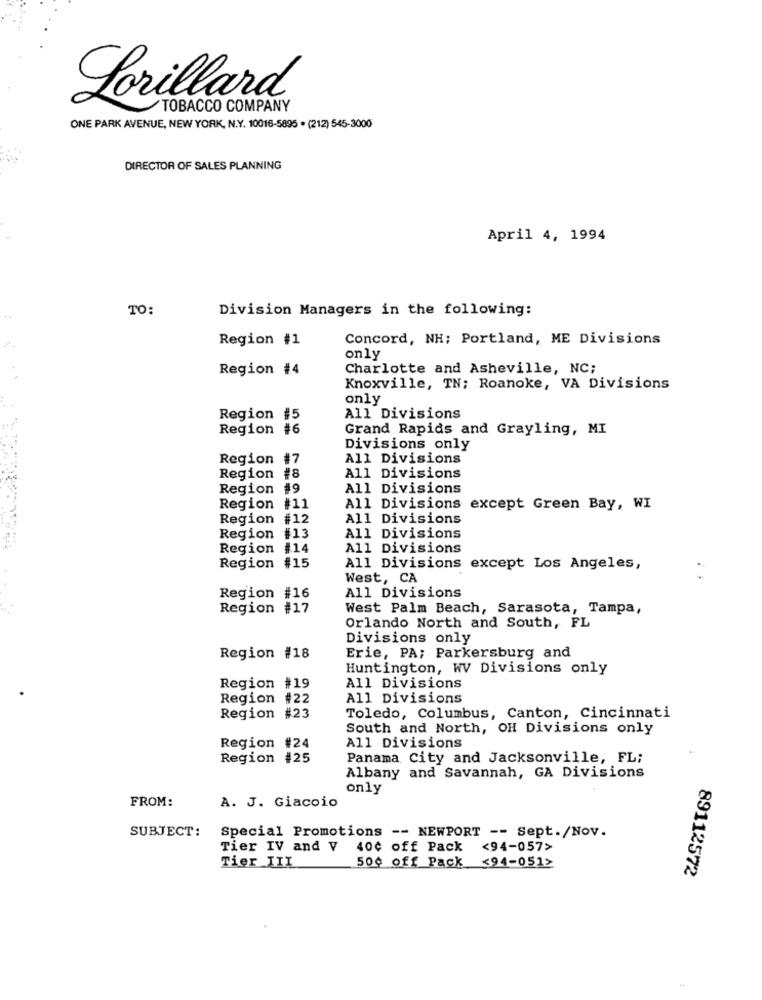
Lorillard
TOBACCO COMPANY
ONE PARK AVENUE, NEW YORK, N.Y. 10016-5895 . (212) 545-3000
DIRECTOR OF SALES PLANNING
April 4, 1994
TO:
Division Managers in the following:
Region #1
Concord, NH; Portland, ME Divisions
only
Region #4
Charlotte and Asheville, NC;
Knoxville, TN; Roanoke, VA Divisions
only
Region #5
All Divisions
Region #6
Grand Rapids and Grayling, MI
Divisions only
Region #7
All Divisions
Region #8
All Divisions
Region
#9
All Divisions
Region #11
All Divisions except Green Bay, WI
Region #12
All Divisions
Region #13
All Divisions
Region #14
All Divisions
Region
#15
All Divisions except Los Angeles,
West, CA
Region #16
All Divisions
Region #17
West Palm Beach, Sarasota, Tampa,
Orlando North and South, FL
Divisions only
Region #18
Erie, PA; Parkersburg and
Huntington, WV Divisions only
Region #19
All Divisions
Region
#22
All Divisions
Region #23
Toledo, Columbus, Canton, Cincinnati
South and North, OH Divisions only
Region #24
All Divisions
Region #25
Panama City and Jacksonville, FL;
Albany and Savannah, GA Divisions
only
FROM:
A. J. Giacoio
SUBJECT:
Special Promotions -- NEWPORT -- Sept./Nov.
Tier IV and V
40¢ off Pack
<94-057>
Tier III
50¢ off Pack <94-051>
89112572